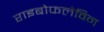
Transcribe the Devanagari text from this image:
राइबोफलेविन